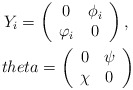
\begin{align*}Y_i=\left(\begin{array}{cc}0 & \phi_i \\ \varphi_i & 0 \end{array}\right), \ \\theta=\left(\begin{array}{cc}0 & \psi \\ \chi & 0 \end{array}\right)\end{align*}